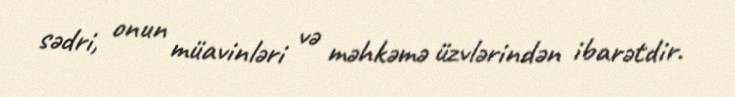
sədri, onun müavinləri və məhkəmə üzvlərindən ibarətdir.